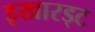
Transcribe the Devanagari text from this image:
इखारड्ट